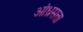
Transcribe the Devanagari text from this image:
आंध्रसत्ता